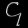
Digit: ၄